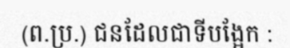
(ព.ប្រ.) ជនដែលជាទីបង្អែក :